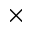
\times